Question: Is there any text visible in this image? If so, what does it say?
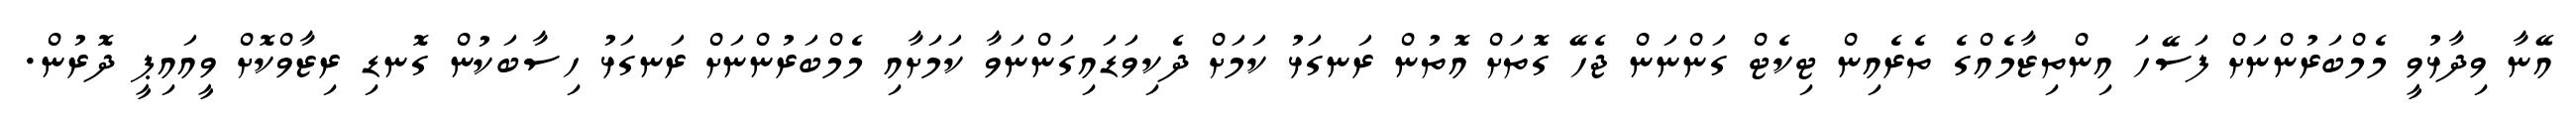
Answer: އޭނާ ވިދާޅުވީ މެމްބަރުންނަށް ފަސޭހަ އިންތިޒާމެއްގެ ތެރެއިން ޓިކެޓް ގަންނަން ޖެހޭ ގޮތަށް އޮތުން ރަނގަޅު ކަމަށް ދެކިވަޑައިގަންނަވާ ކަމަށާއި މެމްބަރުންނަށް ރަނގަޅު ހިސާބަކުން ގޮނޑި ރިޒާވްކޮށް ވީއައިޕީ ދޮރުން.